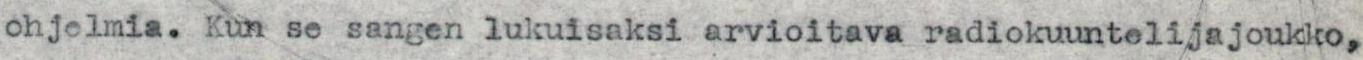
ohjelmia. Kun se sangen lukuisaksi arvioitava radiokuuntelijajoukko,